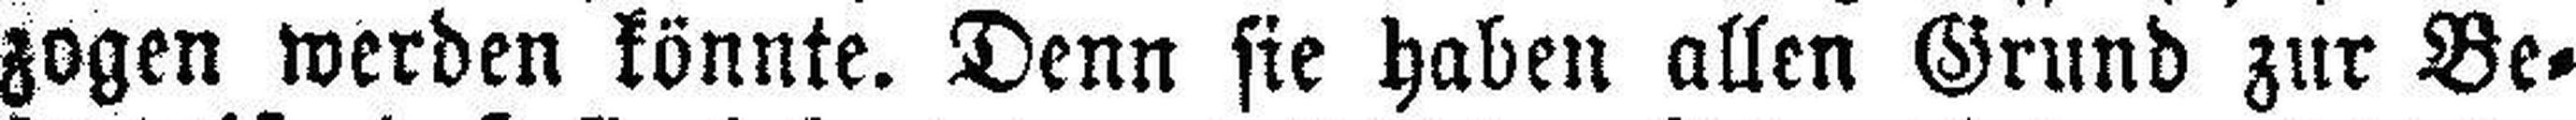
zogen werden könnte. Denn sie haben allen Grund zur Be¬